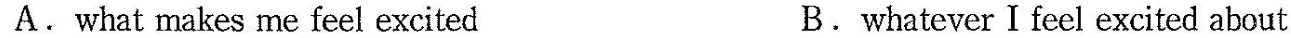
A. what makes me feel excited B. whatever I feel excited about